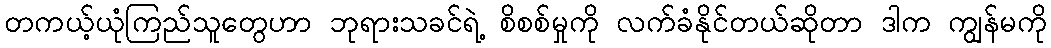
တကယ့်ယုံကြည်သူတွေဟာ ဘုရားသခင်ရဲ့ စိစစ်မှုကို လက်ခံနိုင်တယ်ဆိုတာ ဒါက ကျွန်မကို